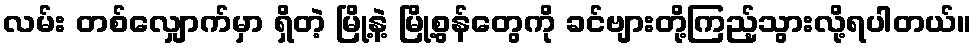
လမ်း တစ်လျှောက်မှာ ရှိတဲ့ မြို့နဲ့ မြို့စွန်တွေကို ခင်ဗျားတို့ကြည့်သွားလို့ရပါတယ်။